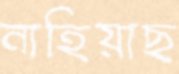
নাহিয়াছ